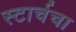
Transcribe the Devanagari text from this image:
स्टार्चचा